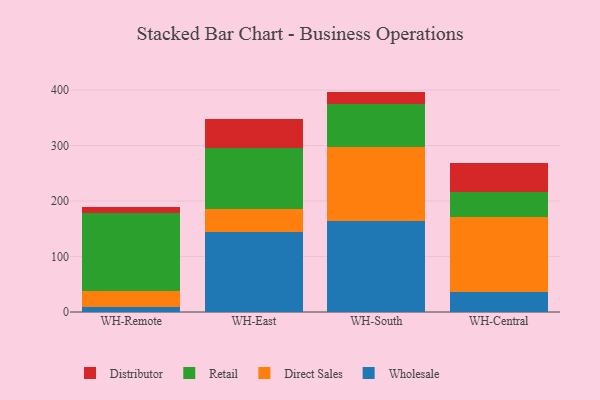
{"axis": {"x": "Warehouse", "y": "Headcount"}, "legend": ["Direct Sales", "Distributor", "Retail", "Wholesale"], "data": [{"x": "WH-Remote", "y": 9.9, "type": "Wholesale"}, {"x": "WH-Remote", "y": 27.1, "type": "Direct Sales"}, {"x": "WH-Remote", "y": 140.7, "type": "Retail"}, {"x": "WH-Remote", "y": 10.8, "type": "Distributor"}, {"x": "WH-East", "y": 145.0, "type": "Wholesale"}, {"x": "WH-East", "y": 40.3, "type": "Direct Sales"}, {"x": "WH-East", "y": 110.3, "type": "Retail"}, {"x": "WH-East", "y": 52.1, "type": "Distributor"}, {"x": "WH-South", "y": 163.3, "type": "Wholesale"}, {"x": "WH-South", "y": 134.3, "type": "Direct Sales"}, {"x": "WH-South", "y": 77.2, "type": "Retail"}, {"x": "WH-South", "y": 22.4, "type": "Distributor"}, {"x": "WH-Central", "y": 36.0, "type": "Wholesale"}, {"x": "WH-Central", "y": 135.7, "type": "Direct Sales"}, {"x": "WH-Central", "y": 44.1, "type": "Retail"}, {"x": "WH-Central", "y": 52.5, "type": "Distributor"}]}